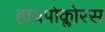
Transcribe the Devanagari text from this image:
हायपोक्लोरस